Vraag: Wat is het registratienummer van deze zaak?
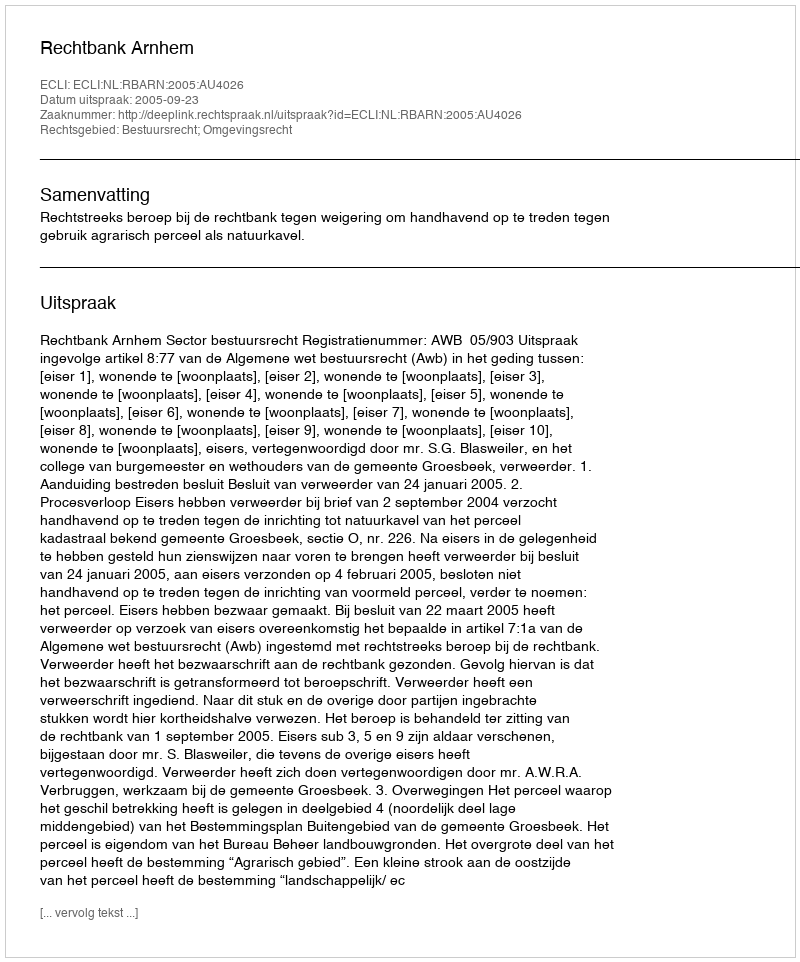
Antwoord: http://deeplink.rechtspraak.nl/uitspraak?id=ECLI:NL:RBARN:2005:AU4026